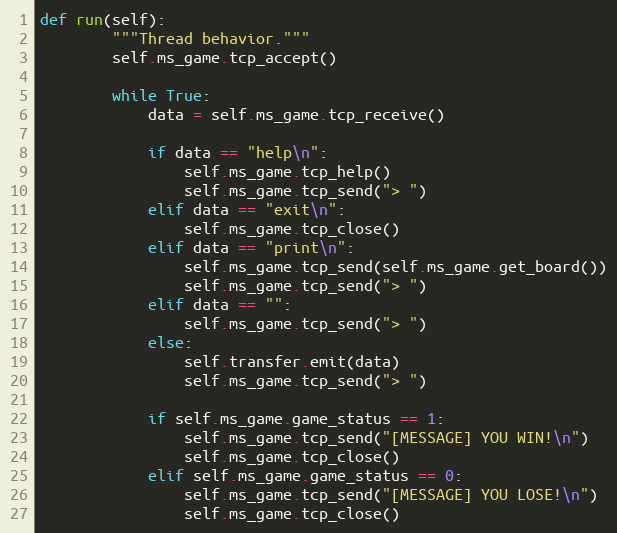
Language: Python
def run(self):
        """Thread behavior."""
        self.ms_game.tcp_accept()

        while True:
            data = self.ms_game.tcp_receive()

            if data == "help\n":
                self.ms_game.tcp_help()
                self.ms_game.tcp_send("> ")
            elif data == "exit\n":
                self.ms_game.tcp_close()
            elif data == "print\n":
                self.ms_game.tcp_send(self.ms_game.get_board())
                self.ms_game.tcp_send("> ")
            elif data == "":
                self.ms_game.tcp_send("> ")
            else:
                self.transfer.emit(data)
                self.ms_game.tcp_send("> ")

            if self.ms_game.game_status == 1:
                self.ms_game.tcp_send("[MESSAGE] YOU WIN!\n")
                self.ms_game.tcp_close()
            elif self.ms_game.game_status == 0:
                self.ms_game.tcp_send("[MESSAGE] YOU LOSE!\n")
                self.ms_game.tcp_close()